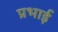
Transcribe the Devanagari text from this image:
प्रभाई